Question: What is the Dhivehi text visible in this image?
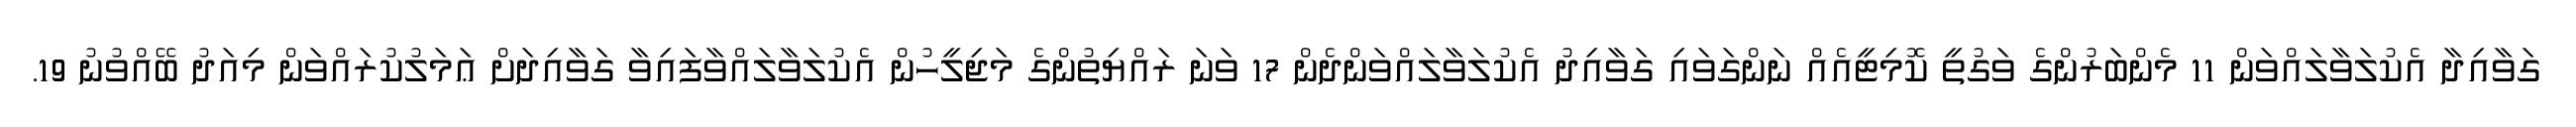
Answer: ގަވާއިދާ އެކުލަވާލައްވަން 11 މެންބަރުންގެ ވަގުތީ ކޮމިޓީއެއް ނަންގަވައި ގަވާއިދު އެކުލަވާލައްވަންދެން 17 ވަނަ ރައްޔިތުންގެ މަޖިލީހުން އެކުލަވާލައްވާފައިވާ ގަވާއިދަށް ޢަމަލުކުރައްވަން މިއަދު ބޭއްވުނު 19.